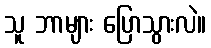
သူ ဘာများ ပြောသွားလဲ။